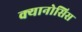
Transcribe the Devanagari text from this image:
क्यानोसिस